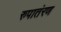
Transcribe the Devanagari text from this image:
रुपातंरण